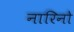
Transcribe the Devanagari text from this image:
नारिनो